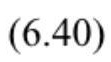
$(6.40)$